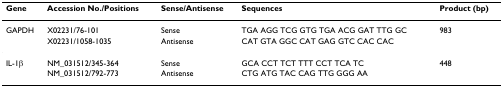
| Gene | Accession No./Positions | Sense/Antisense | Sequences | Product (bp) |
 | --- | --- | --- | --- | --- |
 | GAPDH | X02231/76-101 | Sense | TGA AGG TCG GTG TGA ACG GAT TTG GC | 983 |
 |  | X02231/1058-1035 | Antisense | CAT GTA GGC CAT GAG GTC CAC CAC |  |
 | IL-1β | NM_031512/345-364 | Sense | GCA CCT TCT TTT CCT TCA TC | 448 |
 |  | NM_031512/792-773 | Antisense | CTG ATG TAC CAG TTG GGG AA |  |